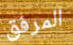
المرفق